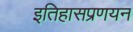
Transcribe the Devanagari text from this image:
इतिहासप्रणयन